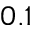
0 . 1